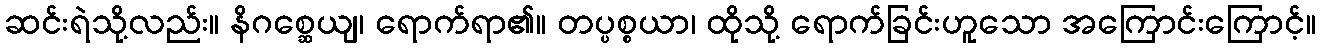
ဆင်းရဲသို့လည်း။ နိဂစ္ဆေယျ၊ ရောက်ရာ၏။ တပ္ပစ္စယာ၊ ထိုသို့ ရောက်ခြင်းဟူသော အကြောင်းကြောင့်။